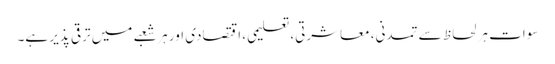
سوات ہر لحاظ سے تمدنی، معاشرتی، تعلیمی، اقتصادی اور ہر شعبے میں ترقی پذیر ہے۔